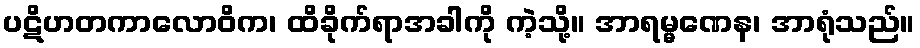
ပဋိဟတကာလောဝိက၊ ထိခိုက်ရာအခါကို ကဲ့သို့။ အာရမ္မဏေန၊ အာရုံသည်။